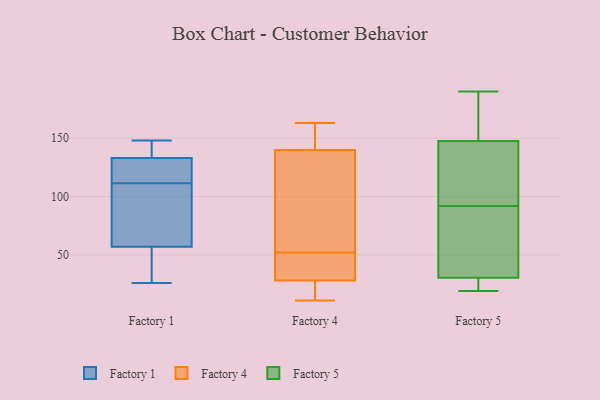
{"axis": {"x": "Active Users", "y": "Value"}, "legend": ["Factory 1", "Factory 4", "Factory 5"], "data": [{"x": "", "y": 133, "type": "Factory 1"}, {"x": "", "y": 128, "type": "Factory 1"}, {"x": "", "y": 26, "type": "Factory 1"}, {"x": "", "y": 98, "type": "Factory 1"}, {"x": "", "y": 148, "type": "Factory 1"}, {"x": "", "y": 57, "type": "Factory 1"}, {"x": "", "y": 145, "type": "Factory 1"}, {"x": "", "y": 35, "type": "Factory 1"}, {"x": "", "y": 120, "type": "Factory 1"}, {"x": "", "y": 103, "type": "Factory 1"}, {"x": "", "y": 25, "type": "Factory 4"}, {"x": "", "y": 140, "type": "Factory 4"}, {"x": "", "y": 54, "type": "Factory 4"}, {"x": "", "y": 11, "type": "Factory 4"}, {"x": "", "y": 150, "type": "Factory 4"}, {"x": "", "y": 50, "type": "Factory 4"}, {"x": "", "y": 28, "type": "Factory 4"}, {"x": "", "y": 48, "type": "Factory 4"}, {"x": "", "y": 113, "type": "Factory 4"}, {"x": "", "y": 163, "type": "Factory 4"}, {"x": "", "y": 174, "type": "Factory 5"}, {"x": "", "y": 31, "type": "Factory 5"}, {"x": "", "y": 78, "type": "Factory 5"}, {"x": "", "y": 181, "type": "Factory 5"}, {"x": "", "y": 22, "type": "Factory 5"}, {"x": "", "y": 61, "type": "Factory 5"}, {"x": "", "y": 139, "type": "Factory 5"}, {"x": "", "y": 64, "type": "Factory 5"}, {"x": "", "y": 92, "type": "Factory 5"}, {"x": "", "y": 119, "type": "Factory 5"}, {"x": "", "y": 96, "type": "Factory 5"}, {"x": "", "y": 23, "type": "Factory 5"}, {"x": "", "y": 187, "type": "Factory 5"}, {"x": "", "y": 103, "type": "Factory 5"}, {"x": "", "y": 29, "type": "Factory 5"}, {"x": "", "y": 190, "type": "Factory 5"}, {"x": "", "y": 19, "type": "Factory 5"}]}